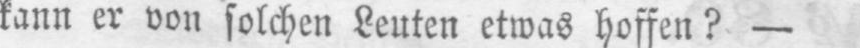
kann er von solchen Leuten etwas hoffen? -